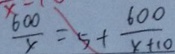
\frac { 6 0 0 } { x } = 5 + \frac { 6 0 0 } { x + 1 0 }